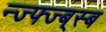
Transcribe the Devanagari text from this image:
न्ज्फ्ज्ब्स्ब